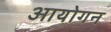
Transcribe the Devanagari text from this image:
आयोगन